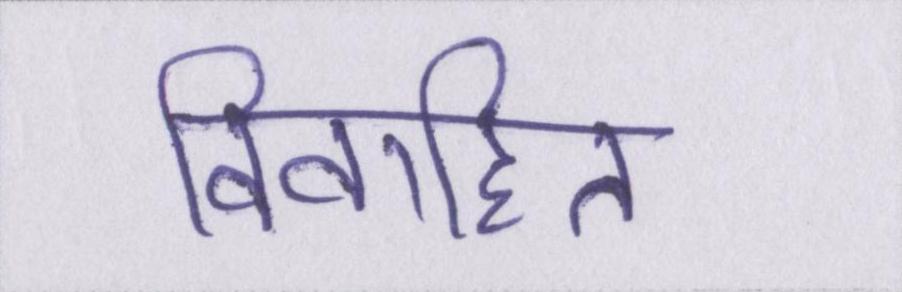
विवाहित